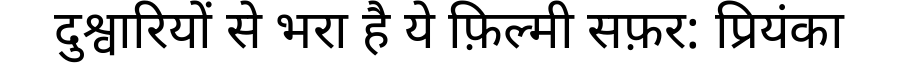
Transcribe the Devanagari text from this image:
दुश्वारियों से भरा है ये फ़िल्मी सफ़र: प्रियंका